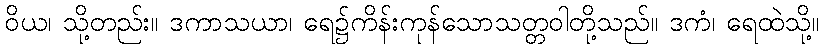
ဝိယ၊ သို့တည်း။ ဒကာသယာ၊ ရေ၌ကိန်းကုန်သောသတ္တဝါတို့သည်။ ဒကံ၊ ရေထဲသို့။